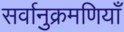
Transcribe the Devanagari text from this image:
सर्वानुक्रमणियाँ